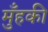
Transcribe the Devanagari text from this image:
मुँहकी